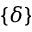
\{ \delta \}